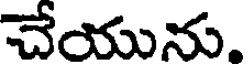
చేయును.